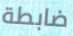
ضابطة